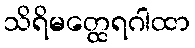
သိရိမတ္ထေရဂါထာ